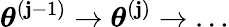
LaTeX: \boldsymbol{\theta}^{\left(\mathbf{j}-1\right)}\to\boldsymbol{\theta}^{\left(\mathbf{j}\right)}\to\ldots